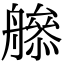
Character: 𦪜